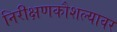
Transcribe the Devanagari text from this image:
निरीक्षणकौशल्यावर